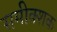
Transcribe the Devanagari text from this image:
समीक्शक